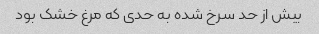
بیش از حد سرخ شده به حدی که مرغ خشک بود